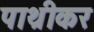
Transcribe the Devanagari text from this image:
पाथ्रीकर